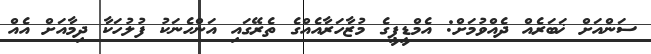
ސަންއަށް ޚަބަރެއް ދެއްވުމަށް: އެމްޑީޕީގެ މުޒާހަރާއެއްގެ ތެރޭގައި އަންހެނަކު ފުލުހަކާ ދިމާއަށް އެއް